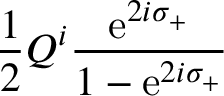
\frac { 1 } { 2 } Q ^ { i } \frac { \mathrm { e } ^ { 2 i \sigma _ { + } } } { 1 - \mathrm { e } ^ { 2 i \sigma _ { + } } }